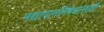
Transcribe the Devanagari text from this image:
मद्यापाननिषेधासाठीं